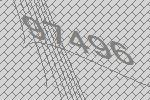
97496